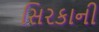
સિરકાની